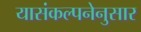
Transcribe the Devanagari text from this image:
यासंकल्पनेनुसार